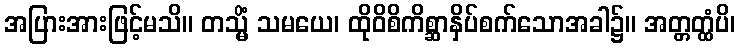
အပြားအားဖြင့်မသိ။ တသ္မိံ သမယေ၊ ထိုဝိစိကိစ္ဆာနှိပ်စက်သောအခါ၌။ အတ္တတ္ထံပိ၊